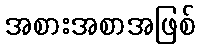
အစားအစာအဖြစ်